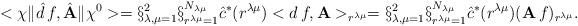
LaTeX: \begin{align*}<\chi\|\hat{d}\,f,\hat{\bf A} \|\chi^{0}>=\S_{\lambda,\mu=1}^{2}\S_{r^{\lambda\mu}=1}^{N_{\lambda\mu}} \hat{c}^{*}(r^{\lambda\mu})<d\,f,{\bf A}>_{r^{\lambda\mu}}=\S_{\lambda,\mu=1}^{2}\S_{r^{\lambda\mu}=1}^{N_{\lambda\mu}} \hat{c}^{*}(r^{\lambda\mu})({\bf A}\,f)_{r^{\lambda\mu}}.\end{align*}